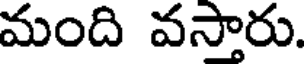
మంది వస్తారు.